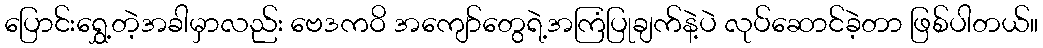
ပြောင်းရွှေ့တဲ့အခါမှာလည်း ဗေဒကဝိ အကျော်တွေရဲ့အကြံပြုချက်နဲ့ပဲ လုပ်ဆောင်ခဲ့တာ ဖြစ်ပါတယ်။